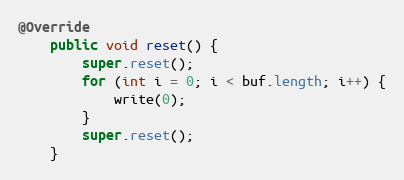
Language: Java
@Override
    public void reset() {
        super.reset();
        for (int i = 0; i < buf.length; i++) {
            write(0);
        }
        super.reset();
    }